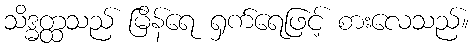
သိဒ္ဓတ္ထသည် မြိန်ရေ ရှက်ရေဖြင့် စားလေသည်။